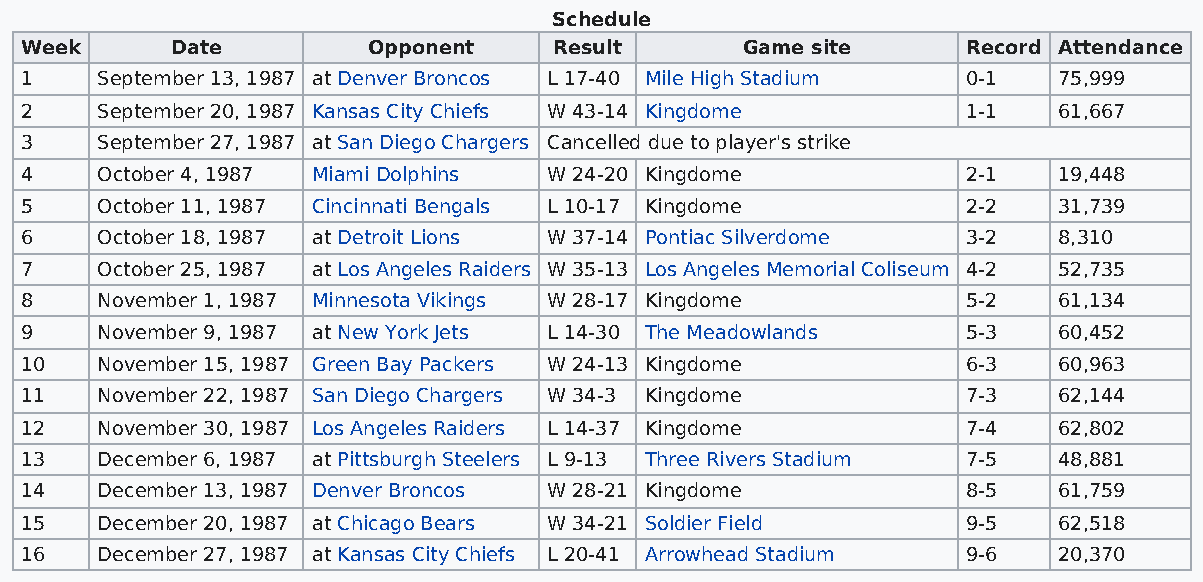
Schedule
 Week      Date         Opponent     Result      Game site      Record Attendance
 1    September 13, 1987 at Denver Broncos L 17-40 Mile High Stadium 0-1 75,999
 2    September 20, 1987 Kansas City Chiefs W 43-14 Kingdome    1-1   61,667
 3    September 27, 1987 at San Diego Chargers Cancelled due to player's strike
 4    October 4, 1987 Miami Dolphins W 24-20 Kingdome           2-1   19,448
 5    October 11, 1987 Cincinnati Bengals L 10-17 Kingdome      2-2   31,739
 6    October 18, 1987 at Detroit Lions W 37-14 Pontiac Silverdome 3-2 8,310
 7    October 25, 1987 at Los Angeles Raiders W 35-13 Los Angeles Memorial Coliseum 4-2 52,735
 8    November 1, 1987 Minnesota Vikings W 28-17 Kingdome       5-2   61,134
 9    November 9, 1987 at New York Jets L 14-30 The Meadowlands 5-3   60,452
 10   November 15, 1987 Green Bay Packers W 24-13 Kingdome      6-3   60,963
 11   November 22, 1987 San Diego Chargers W 34-3 Kingdome      7-3   62,144
 12   November 30, 1987 Los Angeles Raiders L 14-37 Kingdome    7-4   62,802
 13   December 6, 1987 at Pittsburgh Steelers L 9-13 Three Rivers Stadium 7-5 48,881
 14   December 13, 1987 Denver Broncos W 28-21 Kingdome         8-5   61,759
 15   December 20, 1987 at Chicago Bears W 34-21 Soldier Field  9-5   62,518
 16   December 27, 1987 at Kansas City Chiefs L 20-41 Arrowhead Stadium 9-6 20,370